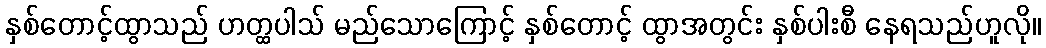
နှစ်တောင့်ထွာသည် ဟတ္ထပါသ် မည်သောကြောင့် နှစ်တောင့် ထွာအတွင်း နှစ်ပါးစီ နေရသည်ဟူလို။